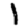
Digit: 1